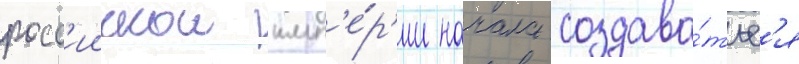
росс'иискои имп'е́р'ии начала создава́тьс'я